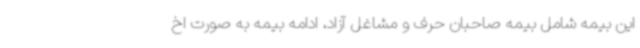
این بیمه شامل بیمه صاحبان حرف و مشاغل آزاد، ادامه بیمه به صورت اخ